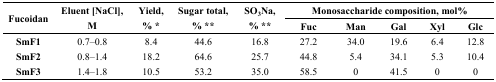
<table><thead><tr><td rowspan="2"><b>Fucoidan</b></td><td rowspan="2"><b>Eluent [NaCl], M</b></td><td rowspan="2"><b>Yield, % *</b></td><td rowspan="2"><b>Sugar total, % **</b></td><td rowspan="2"><b>SO<sub>3</sub>Na, % **</b></td><td colspan="5"><b>Monosaccharide composition, mol%</b></td></tr><tr><td><b>Fuc</b></td><td><b>Man</b></td><td><b>Gal</b></td><td><b>Xyl</b></td><td><b>Glc</b></td></tr></thead><tbody><tr><td><b>SmF1</b></td><td>0.7–0.8</td><td>8.4</td><td>44.6</td><td>16.8</td><td>27.2</td><td>34.0</td><td>19.6</td><td>6.4</td><td>12.8</td></tr><tr><td><b>SmF2</b></td><td>0.8–1.4</td><td>18.2</td><td>64.6</td><td>25.7</td><td>44.8</td><td>5.4</td><td>34.1</td><td>5.3</td><td>10.4</td></tr><tr><td><b>SmF3</b></td><td>1.4–1.8</td><td>10.5</td><td>53.2</td><td>35.0</td><td>58.5</td><td>0</td><td>41.5</td><td>0</td><td>0</td></tr></tbody></table>